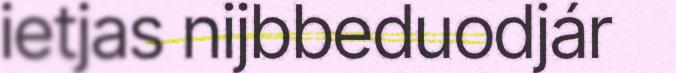
ietjas nijbbeduodjár